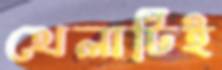
খেলাটিই